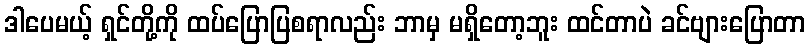
ဒါပေမယ့် ရှင်တို့ကို ထပ်ပြောပြစရာလည်း ဘာမှ မရှိတော့ဘူး ထင်တာပဲ ခင်ဗျားပြောတာ